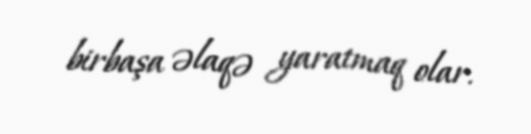
birbaşa əlaqə yaratmaq olar.